Indian journal of veterinary science and animal husbandry - Volume 3,
Year: 1933
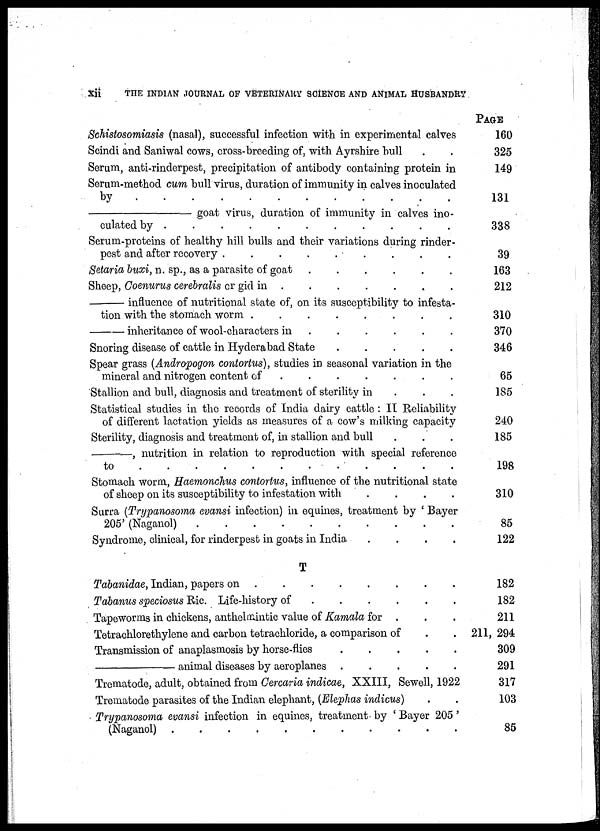
xii
THE INDIAN JOURNAL OF VETERINARY SCIENCE AND ANIMAL HUSBANDRY
Schistosomiasis (nasal), successful infection with in experimental calves
Scindi and Saniwal cows, cross-breeding of, with Ayrshire bull . .
Serum, anti-rinderpest, precipitation of antibody containing protein in
Serum-method cum bull virus, duration of immunity in calves inoculated
by . . . . . . . .
—
goat,
virus, duration of immunity in calves ino-
culated by . . . . . . . .
Serum-proteins of healthy hill bulls and their variations during rinder-
pest and after recovery . . . . . . . .
Setaria buxi, n. sp., as a parasite of goat . . . . . . . .
Sheep, Coenurus cerebralis or gid in . . . . . . . .
—
influence of nutritional state of, on its susceptibility to infesta-
tion with the stomach worm . . . . . . . .
—
inheritance of wool-characters in . . . . . . . .
Snoring disease of cattle in Hyderabad State . . . . . . . .
Spear grass (Andropogon contortus), studies in seasonal variation in the
mineral and nitrogen content of . . . . . . . .
Stallion and bull, diagnosis and treatment of sterility in . . .
Statistical studies in the records of India dairy cattle : II Reliability
of different lactation yields as measures of a cow's milking capacity
Sterility, diagnosis and treatment of, in stallion and bull . . .
—,
nutrition in relation to reproduction with special reference
to . . . . . . . .
Stomach worm, Haemonchus contortus, influence of the nutritional state
of sheep on its susceptibility to infestation with . . . . . . . .
Surra (Trypanosoma evansi infection) in equines, treatment by ' Bayer
205' (Naganol) . . . . . . . .
Syndrome, clinical, for rinderpest in goats in India . . . . . . . .
T
Tabanidae, Indian, papers on . . . . . . . .
Tabanus speciosus Ric. Life-history of . . . . . . . .
Tapeworms in chickens, anthelmintic value of Kamala for . . .
Tetrachlorethylene and carbon tetrachloride, a comparison of . .
Transmission of anaplasmosis by horse-flies . . . . . . . .
—
animal diseases by aeroplanes . . . . . . . .
Trematode, adult, obtained from Cercaria indicae, XXIII, Sewell, 1922
Trematode parasites of the Indian elephant, (Eleplias indicus) . .
Trypanosoma evansi infection in equines, treatment by ' Bayer 205 '
(Naganol) . . . . . . . .
PAGE
160
325
149
131
338
39
163
212
310
370
346
65
185
240
185
198
310
85
122
182
182
211
211, 294
309
291
317
103
85